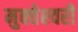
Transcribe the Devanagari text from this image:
मुक्‍तेश्‍वरी